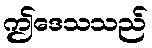
ဤဒေသသည်